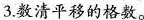
3.数清平移的格数。